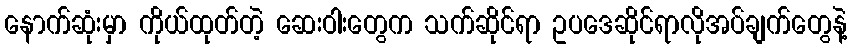
နောက်ဆုံးမှာ ကိုယ်ထုတ်တဲ့ ဆေးဝါးတွေက သက်ဆိုင်ရာ ဥပဒေဆိုင်ရာလိုအပ်ချက်တွေနဲ့